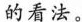
的看法。